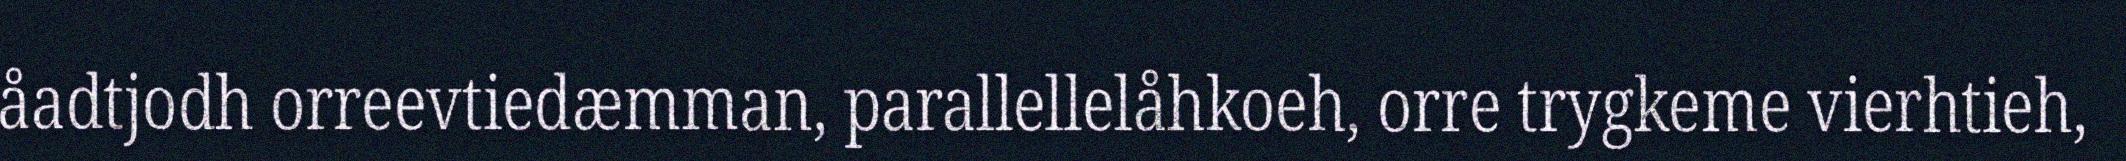
åadtjodh orreevtiedæmman, parallellelåhkoeh, orre trygkeme vierhtieh,